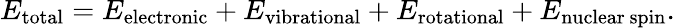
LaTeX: E_{\mathrm{total}}=E_{\mathrm{electronic}}+E_{\mathrm{vibrational}}+E_{\mathrm{rotational}}+E_{\mathrm{nuclear~spin}}.